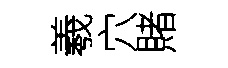
羲穴賭